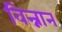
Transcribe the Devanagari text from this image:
विन्नान